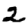
Digit: 2